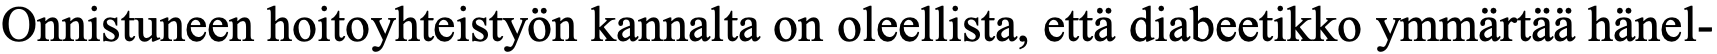
Onnistuneen hoitoyhteistyön kannalta on oleellista, että diabeetikko ymmärtää hänel-